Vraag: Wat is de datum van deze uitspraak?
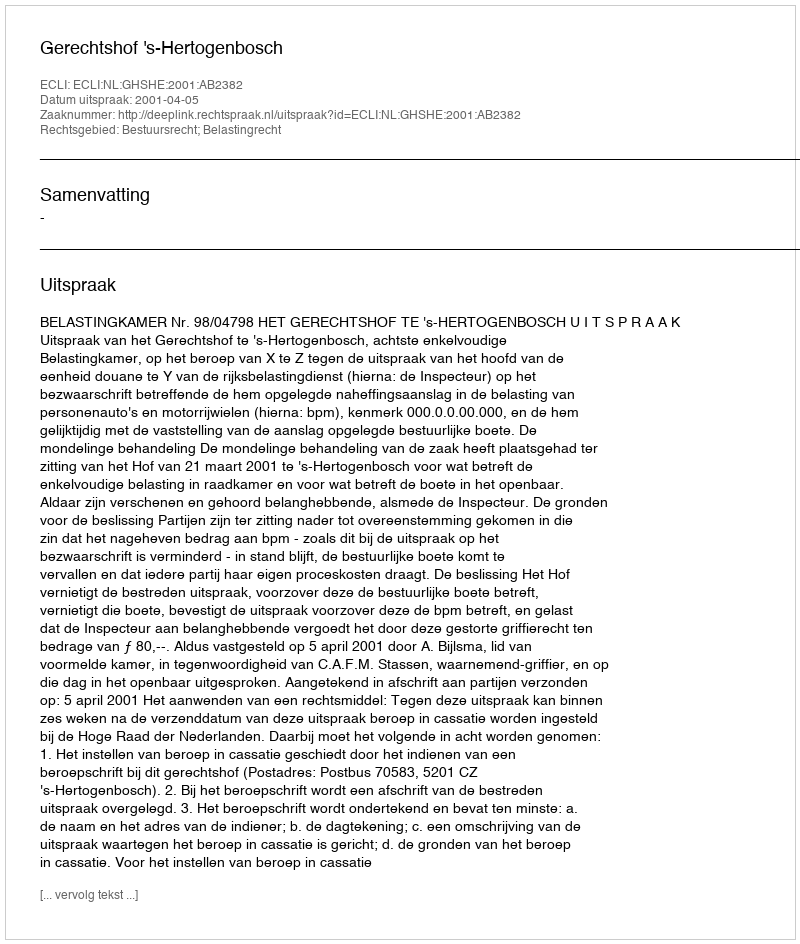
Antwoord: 2001-04-05